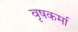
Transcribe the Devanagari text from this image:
वृषकर्मा